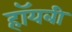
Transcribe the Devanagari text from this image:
हॉयबी